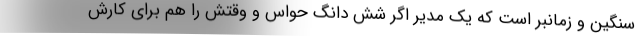
سنگین و زمانبر است که یک مدیر اگر شش دانگ حواس و وقتش را هم برای کارش